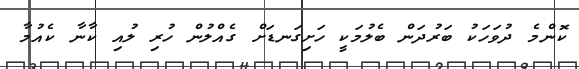
ކޮންމެ ދުވަހަކު ބަރުދަން ބެލުމަކީ ހަށިގަނޑަށް ގެއްލުން ހުރި ލުއި ކާނާ ކެއުމާ